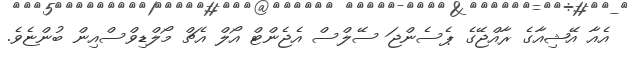
އެއާ އޭޝިއާގެ ރާއްޖޭގެ ޕެސެންޖަ ސޭލްސް އެޖެންޓް އޯލް އެޗް މޯލްޑިވްސްއިން ބުންޏެވެ.